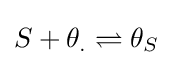
S+\theta _{.}\rightleftharpoons \theta _{S}